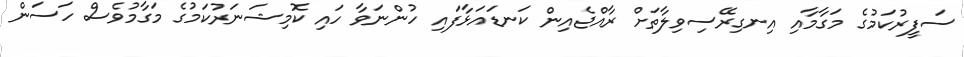
ސަފީރުކަމުގެ މަގާމާއި އިނގިރޭސިވިލާތަށް ރާއްޖެއިން ކަނޑައަޅާފައި ހުންނަވާ ހައި ކޮމިޝަނަރުކަމުގެ މަގާމުވެސް ހަސަން